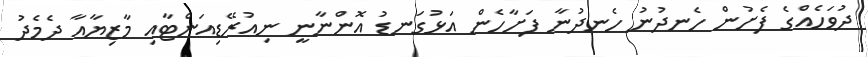
ދުވަހެއްގެ ފެށުން ހެނދުނު ހެނދުނާ ފަށާހެން އަޅުގަނޑު އޮންނާނީ ނިއުރޭޑިއަންޓާއި މާޒިޔާއާ ދެމެދު